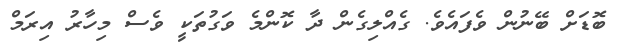
ބޮޑަށް ބޭނުން ވެފައެވެ. ގެއްލިގެން ދާ ކޮންމެ ވަގުތަކީ ވެސް މިހާރު އިރަމް